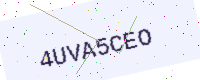
Text: 4UVA5CEO